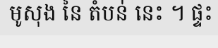
មូសុង នៃ តំបន់ នេះ ។ ផ្ទះ